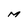
Character: M